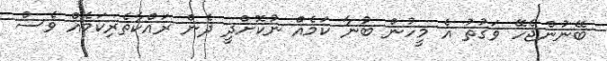
ބޭނުންޖެހޭ ވަގުތު އެ މީހުން ބުނާ ކަމެއް ނުކޮށްދީ ދެން ރައްކާތެރިކަމެއް ވެސް